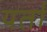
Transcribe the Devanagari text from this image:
यर्तों